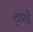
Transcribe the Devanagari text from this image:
ठ्ण्डे